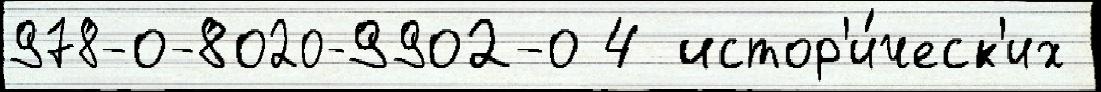
978-0-8020-9902-0 4 истор'и́ческ'их